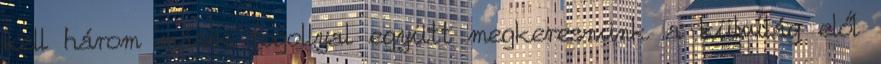
kell három másik fogollyal együtt megkeresnünk a külvilág elől